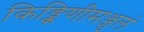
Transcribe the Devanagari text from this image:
किङ्किणीमञ्जुलं